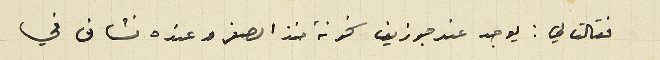
فقالت لي: يوجد عند جوزيف سخونة منذ الصغر وعنده نشاف في